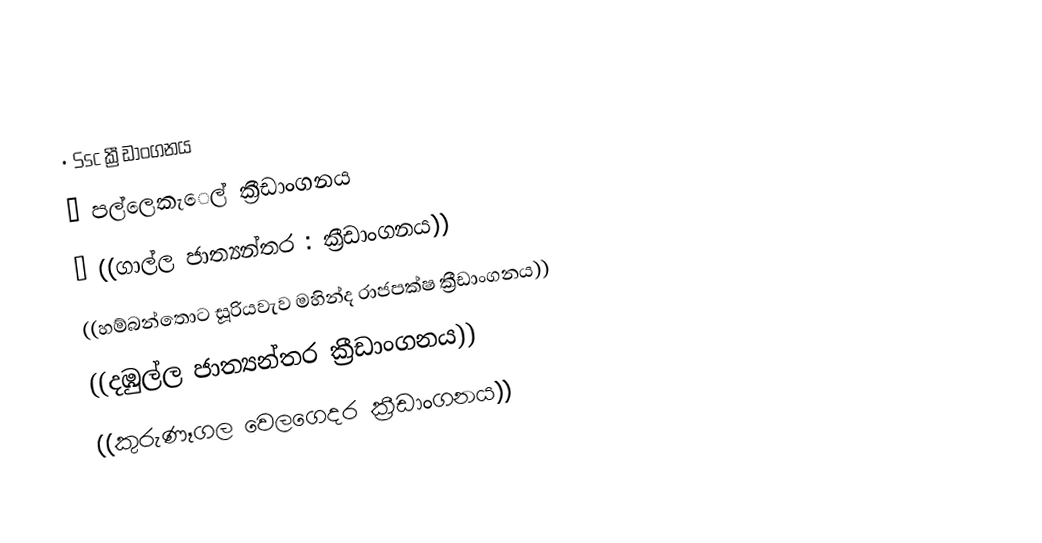
•  Ssc ක්‍රීඩාංගනය
 •  පල්⁣ලෙකැ⁣ෙල් ක්‍රීඩාංගනය
 •    ((ගාල්ල ජාත්‍යන්තර :                         ක්‍රීඩාංගනය))
       ((හම්බන්තොට සූරියවැව මහින්ද රාජපක්ෂ ක්‍රීඩාංගනය))
((දඹුල්ල ජාත්‍යන්තර ක්‍රීඩාංගනය))
((කුරුණෑගල වෙලගෙදර ක්‍රීඩාංගනය))